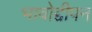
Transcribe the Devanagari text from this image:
भावोद्दीपन